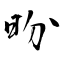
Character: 昐